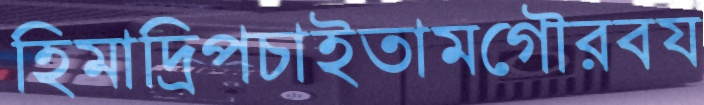
হিমাদ্রিপচাইতামগৌরবয